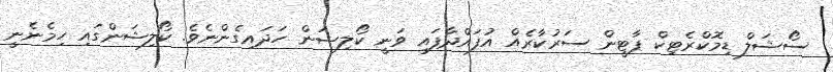
ސޯޝަލް ޑިމޮކްރެޓިކް ޕާޓީން ސަރުކާރެއް އުފައްދާފައި ވަނީ ކޯލިޝަން ހަދައިގެންނެވެ. ކޯލިޝަންގައި ހިމެނެނީ